Document type: Oath
Year: 1405
Scribe: Guillem de Lledó
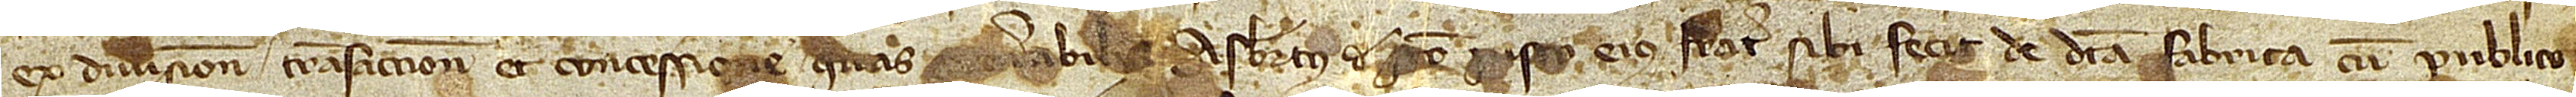
ex divisione, transaccione et concessione quas [ven]erabilis Asbertus de Sancto Iusto, eius frater, sibi fecit de dicta fabrica cum publico